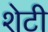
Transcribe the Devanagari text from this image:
शेटी